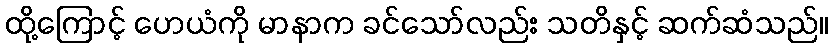
ထို့ကြောင့် ဟေယံကို မာနာက ခင်သော်လည်း သတိနှင့် ဆက်ဆံသည်။